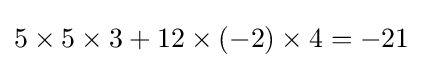
5\times 5\times 3+12\times (-2)\times 4=-21